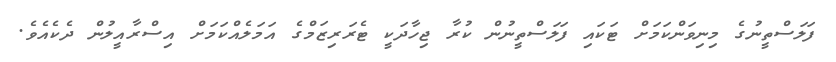
ފަލަސްތީނުގެ މިނިވަންކަމަށް ޓަކައި ފަލަސްތީނުން ކުރާ ޖިހާދަކީ ޓެރަރިޒަމްގެ އަމަލެއްކަމަށް އިސްރާއީލުން ދެކެއެވެ.